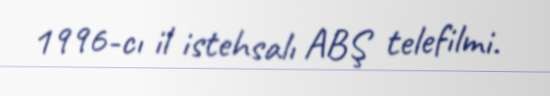
1996-cı il istehsalı ABŞ telefilmi.